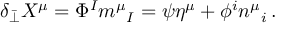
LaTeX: \delta _ { \bar { \perp } } X ^ { \mu } = \Phi ^ { I } m ^ { \mu } { } _ { I } = \psi \eta ^ { \mu } + \phi ^ { i } n ^ { \mu } { } _ { i } \, .